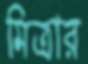
মিত্রার